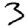
Digit: 3